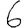
Digit: 6